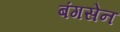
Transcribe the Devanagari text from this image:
बंगसेन